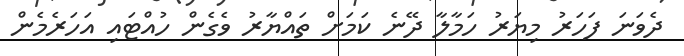
ދެވަނަ ފަހަރު މިޔަރު ހަމާލާ ދޭނެ ކަމަށް ތައްޔާރު ވެގެން ހުއްޓައި އަހަރެމެން